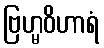
ဗြဟ္မဝိဟာရံ